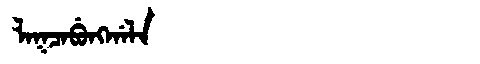
Manchu: ᠯᠠᡴᠴᠠᠪᡠᠩᡤᠠᠯᠠ
Romanization: LAKCABUNGGALA